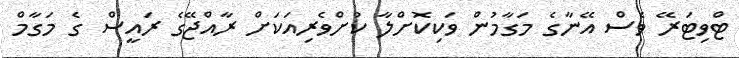
ޓްވިޓަރޭ ވެސް އޭނާގެ މަގާމުން ވަކިކޮށްލާ ކުށްވެރިއަކަށް ރާއްޖޭގެ ރައީސް ގެ މަގާމް